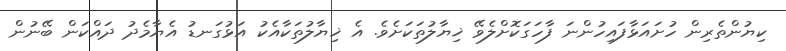
ކިޔުންތެރިން ހުށައަޅާފައިހުންނަ ފާހަގަކޮށްލެވޭ ޚިޔާލުތަކަށެވެ. އެ ޚިޔާލުތަކާއެކު އަޅުގަނޑު އެޔާމެދު ދައްކަން ބޭނުން